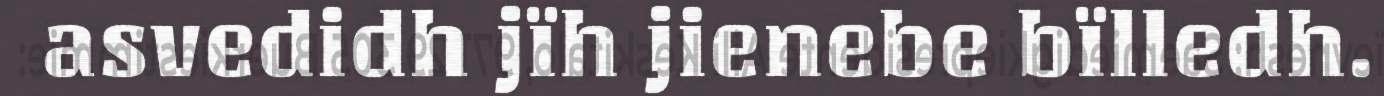
asvedidh jïh jienebe bïlledh.